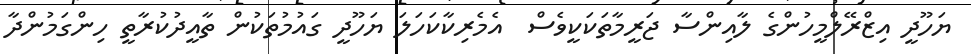
ޔަހޫދީ އިޒްރޭލްމީހުންގެ ލާއިންސާ ޖަރީމާތަކަކީވެސް  އެމެރިކާކަހަލަ ޔަހޫދީ ގައުމުތަކުން ތާއީދުކުރާތީ ހިންގަމުންދާ